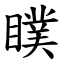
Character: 瞨